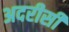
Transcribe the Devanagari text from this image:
अदरीसी